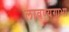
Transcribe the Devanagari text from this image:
लावण्यगाभा